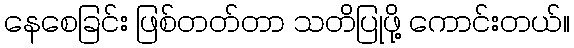
နေစေခြင်း ဖြစ်တတ်တာ သတိပြုဖို့ ကောင်းတယ်။